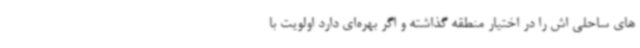
های ساحلی اش را در اختیار منطقه گذاشته و اگر بهره‌ای دارد اولویت با